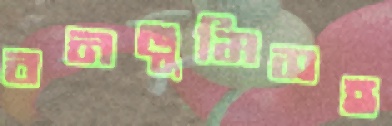
বনভূমিসহ